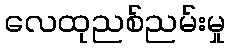
လေထုညစ်ညမ်းမှု